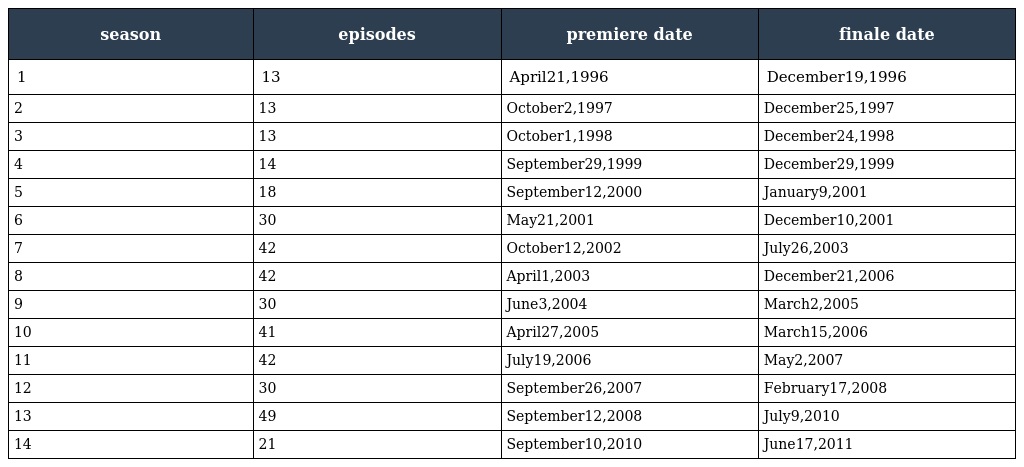
| season | episodes | premiere date | finale date |
 | --- | --- | --- | --- |
 | 1 | 13 | April21,1996 | December19,1996 |
 | 2 | 13 | October2,1997 | December25,1997 |
 | 3 | 13 | October1,1998 | December24,1998 |
 | 4 | 14 | September29,1999 | December29,1999 |
 | 5 | 18 | September12,2000 | January9,2001 |
 | 6 | 30 | May21,2001 | December10,2001 |
 | 7 | 42 | October12,2002 | July26,2003 |
 | 8 | 42 | April1,2003 | December21,2006 |
 | 9 | 30 | June3,2004 | March2,2005 |
 | 10 | 41 | April27,2005 | March15,2006 |
 | 11 | 42 | July19,2006 | May2,2007 |
 | 12 | 30 | September26,2007 | February17,2008 |
 | 13 | 49 | September12,2008 | July9,2010 |
 | 14 | 21 | September10,2010 | June17,2011 |